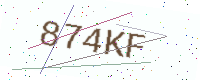
Text: 874KF